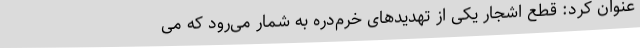
عنوان کرد: قطع اشجار یکی از تهدیدهای خرم‌دره به شمار می‌رود که می